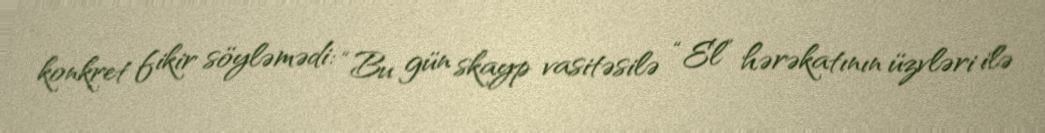
konkret fikir söyləmədi: “Bu gün skayp vasitəsilə “El” hərəkatının üzvləri ilə